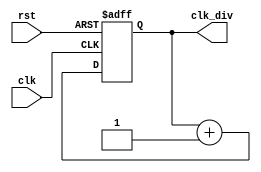
`timescale 1ns / 1ps

//------------------------------------------------------------------------------
// Clock division module
//------------------------------------------------------------------------------
module clk_divider(
    input wire clk,              // Clock
    input wire rst,              // Reset
    output reg [31:0] clk_div    // Division result
    );
    
    always @ (posedge clk or negedge rst)
        if (!rst)
            clk_div <= 32'b0;
        else
            clk_div <= clk_div + 1;
    
endmodule